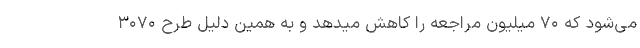
می‌شود که ۷۰ میلیون مراجعه را کاهش میدهد و به همین دلیل طرح ۳۰۷۰